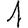
Digit: 1